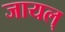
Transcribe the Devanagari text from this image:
जायल्